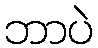
ဘာပဲ